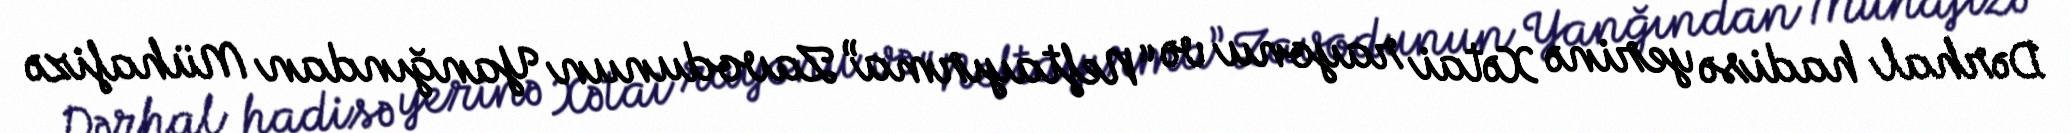
Dərhal hadisə yerinə Xətai rayonu və “Neftayırma” Zavodunun Yanğından Mühafizə